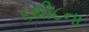
૬થી૮ના